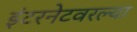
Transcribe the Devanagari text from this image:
इंटरनेटवरल्या